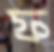
ফ